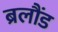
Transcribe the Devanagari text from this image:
ब्रलौंड